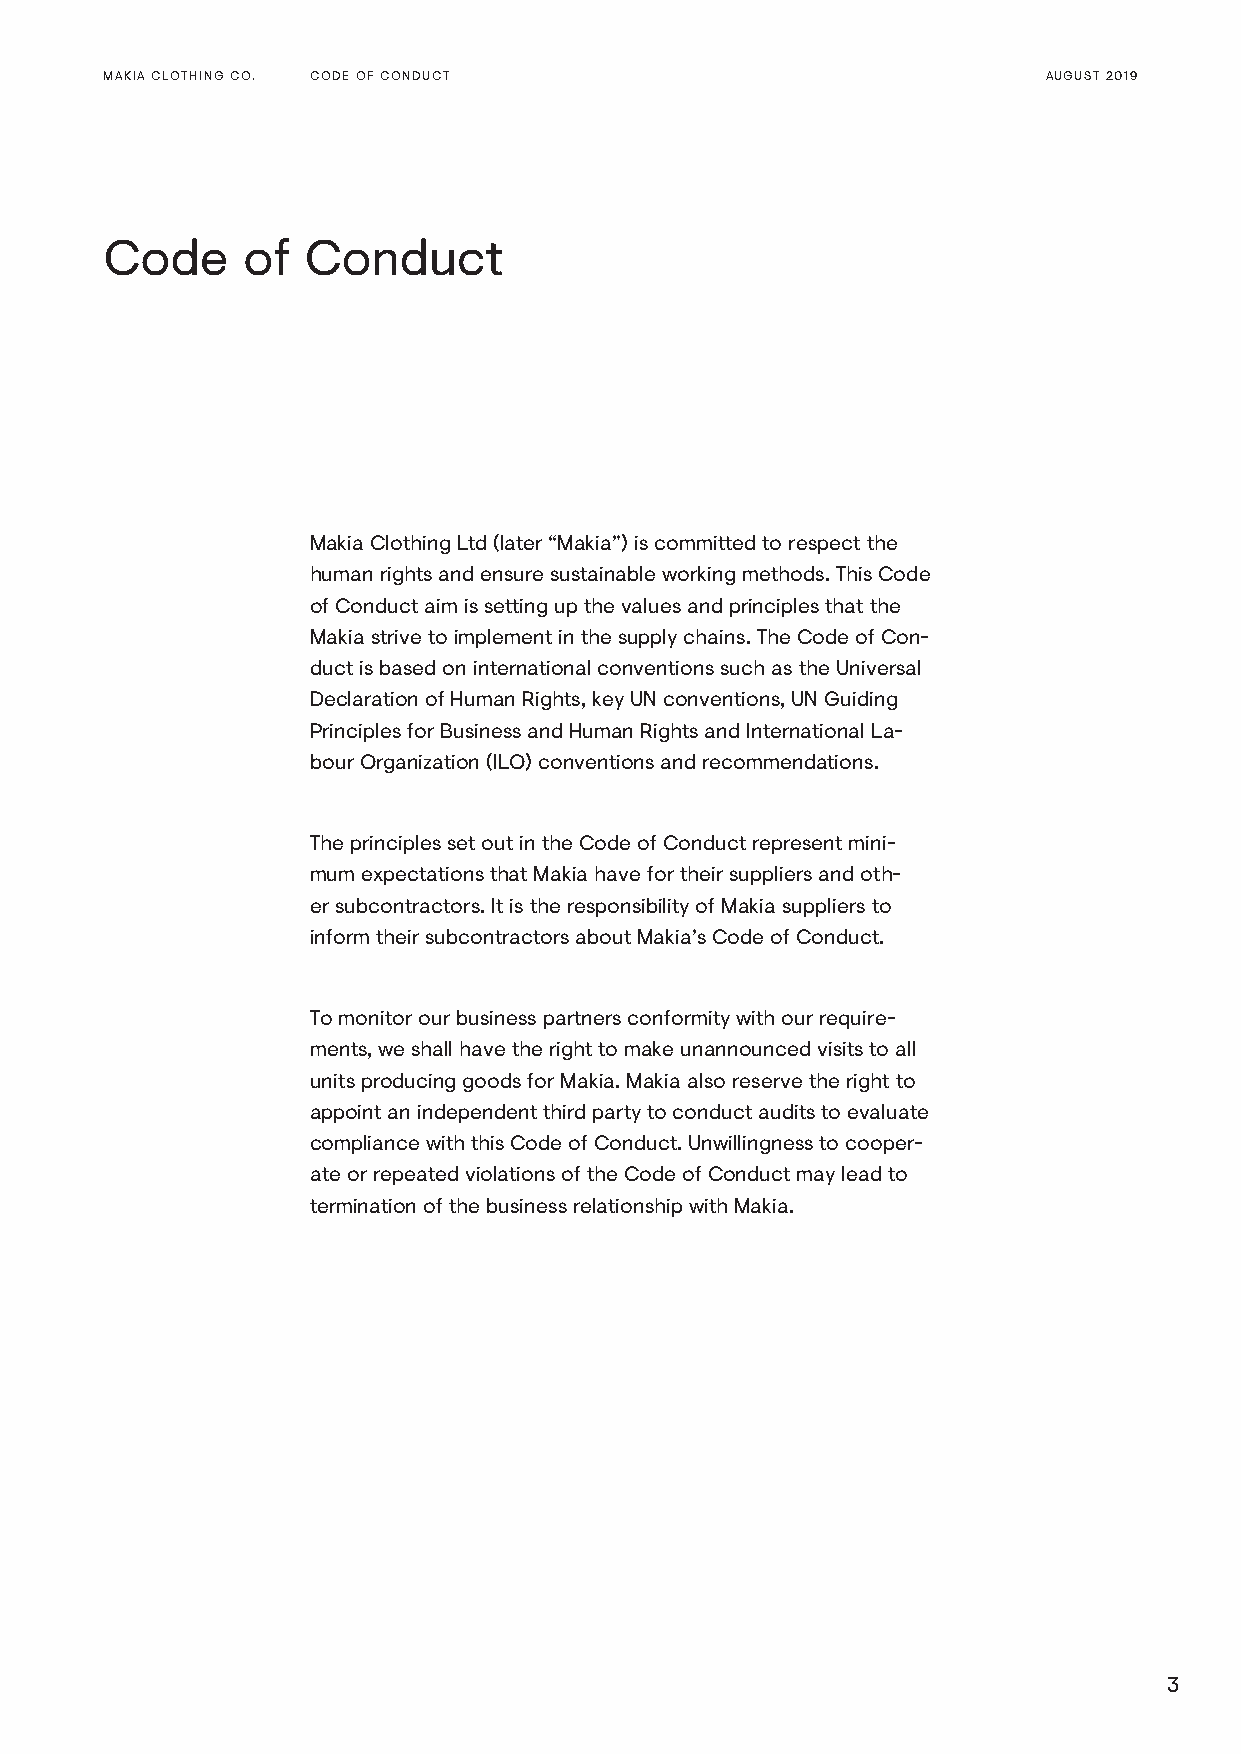
MAKIA CLOTHING CO. CODE OF CONDUCT                            AUGUST 2019
 Code     of  Conduct
 Makia Clothing Ltd (later “Makia”) is committed to respect the
 human rights and ensure sustainable working methods. This Code
 of Conduct aim is setting up the values and principles that the
 Makia strive to implement in the supply chains. The Code of Con-
 duct is based on international conventions such as the Universal
 Declaration of Human Rights, key UN conventions, UN Guiding
 Principles for Business and Human Rights and International La-
 bour Organization (ILO) conventions and recommendations.
 The principles set out in the Code of Conduct represent mini-
 mum expectations that Makia have for their suppliers and oth-
 er subcontractors. It is the responsibility of Makia suppliers to
 inform their subcontractors about Makia’s Code of Conduct.
 To monitor our business partners conformity with our require-
 ments, we shall have the right to make unannounced visits to all
 units producing goods for Makia. Makia also reserve the right to
 appoint an independent third party to conduct audits to evaluate
 compliance with this Code of Conduct. Unwillingness to cooper-
 ate or repeated violations of the Code of Conduct may lead to
 termination of the business relationship with Makia.
 3